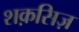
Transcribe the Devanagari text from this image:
शक़सिज़